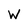
Character: W